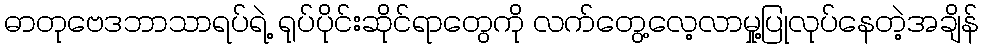
ဓာတုဗေဒဘာသာရပ်ရဲ့ ရုပ်ပိုင်းဆိုင်ရာတွေကို လက်တွေ့လေ့လာမှု့ပြုလုပ်နေတဲ့အချိန်